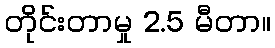
တိုင်းတာမှု 2.5 မီတာ။